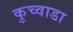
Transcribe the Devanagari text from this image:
कुच्वाडा